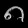
Digit: ၈